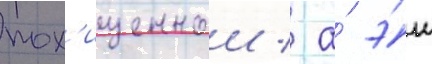
пох'ищеннои / а́ э́ш